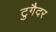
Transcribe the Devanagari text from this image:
टुगैदर